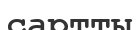
сартты